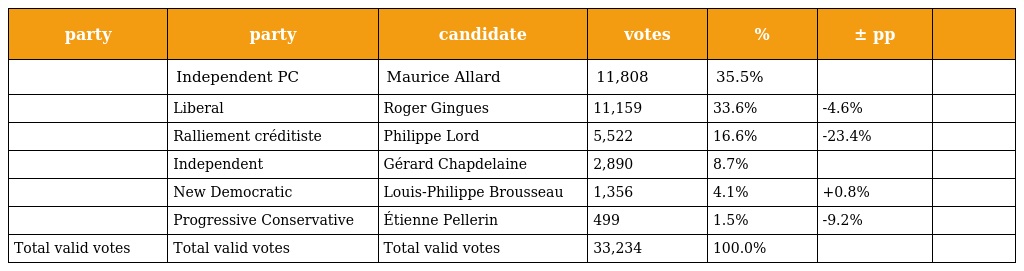
| party | party | candidate | votes | % | ± pp |  |
 | --- | --- | --- | --- | --- | --- | --- |
 |  | Independent PC | Maurice Allard | 11,808 | 35.5% |  |  |
 |  | Liberal | Roger Gingues | 11,159 | 33.6% | -4.6% |  |
 |  | Ralliement créditiste | Philippe Lord | 5,522 | 16.6% | -23.4% |  |
 |  | Independent | Gérard Chapdelaine | 2,890 | 8.7% |  |  |
 |  | New Democratic | Louis-Philippe Brousseau | 1,356 | 4.1% | +0.8% |  |
 |  | Progressive Conservative | Étienne Pellerin | 499 | 1.5% | -9.2% |  |
 | Total valid votes | Total valid votes | Total valid votes | 33,234 | 100.0% |  |  |